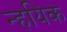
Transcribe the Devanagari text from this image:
न्हयिक